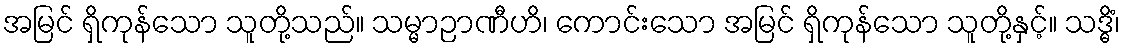
အမြင် ရှိကုန်သော သူတို့သည်။ သမ္မာဉာဏီဟိ၊ ကောင်းသော အမြင် ရှိကုန်သော သူတို့နှင့်။ သဒ္ဓိံ၊